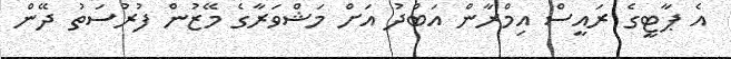
އެ ޕާޓީގެ ރައީސް އިމްރާން އަބްދު އަށް މަޝްވަރާގެ މޭޒުން ފުރުސަތު ދޭން